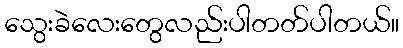
သွေးခဲလေးတွေလည်းပါတတ်ပါတယ်။